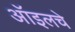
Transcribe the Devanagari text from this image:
ऑइलचे